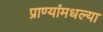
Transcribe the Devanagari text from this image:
प्राण्यांमधल्या